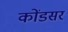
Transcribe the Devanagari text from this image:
कोंडसर